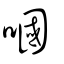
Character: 嘓